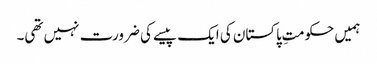
ہمیں حکومتِ پاکستان کی ایک پیسے کی ضرورت نہیں تھی۔